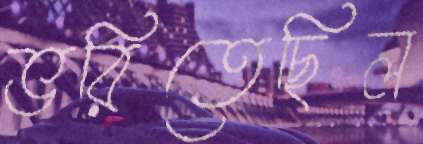
ভরিতেছিল